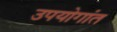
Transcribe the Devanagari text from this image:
उपयोगांत